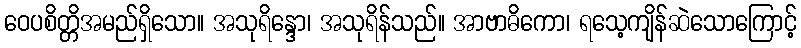
ဝေပစိတ္တိအမည်ရှိသော။ အသုရိန္ဒော၊ အသုရိန်သည်။ အာဗာဓိကော၊ ရသေ့ကျိန်ဆဲသောကြောင့်